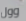
وول